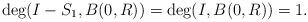
LaTeX: \begin{align*} \textup{deg}(I-S_1, B(0, R))= \textup{deg}(I, B(0, R))=1.\end{align*}